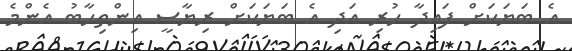
އެ ބަޔަކަށް ފައިދާ ހުރި އަދި އެ ބަޔަކަށް ރިޔާސީ އިންތިހާބު އެންމެ